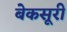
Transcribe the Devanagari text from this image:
बेकसूरी